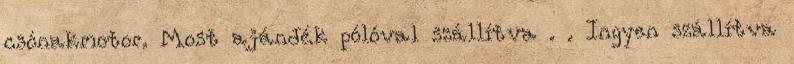
csónakmotor. Most ajándék pólóval szállítva . . Ingyen szállítva